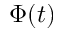
\Phi ( t )